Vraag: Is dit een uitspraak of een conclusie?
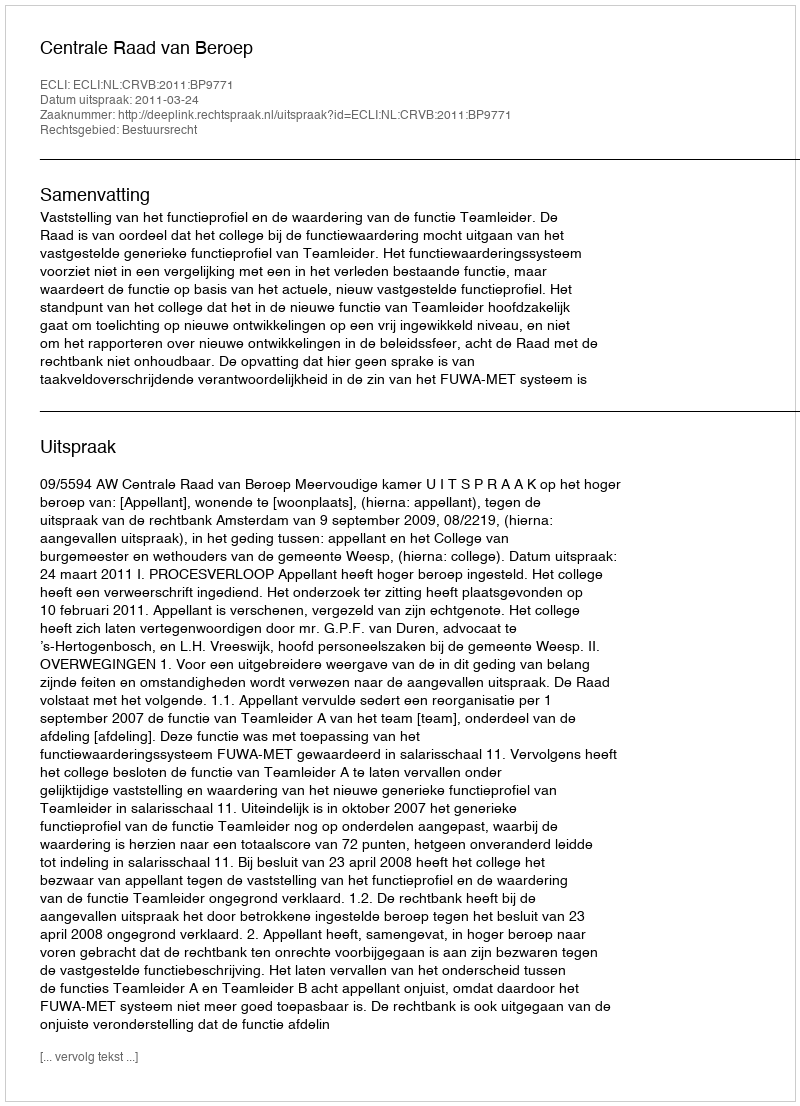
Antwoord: Uitspraak